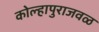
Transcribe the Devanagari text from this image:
कोल्हापुराजवळ